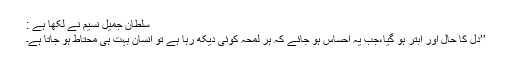
سلطان جمیل نسیم نے لکھا ہے :
’’دل کا حال اور ابتر ہو گیا،جب یہ احساس ہو جائے کہ ہر لمحہ کوئی دیکھ رہا ہے تو انسان بہت ہی محتاط ہو جاتا ہے۔